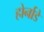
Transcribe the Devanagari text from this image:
होर्नाडे